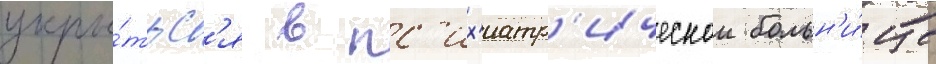
укры́тьс'я в пс'их'иатр'ическои больн'и́це